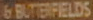
6 BUTTERFIELDS